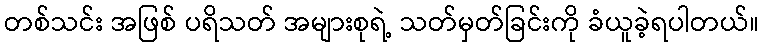
တစ်သင်း အဖြစ် ပရိသတ် အများစုရဲ့ သတ်မှတ်ခြင်းကို ခံယူခဲ့ရပါတယ်။